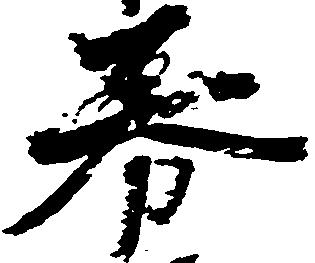
券